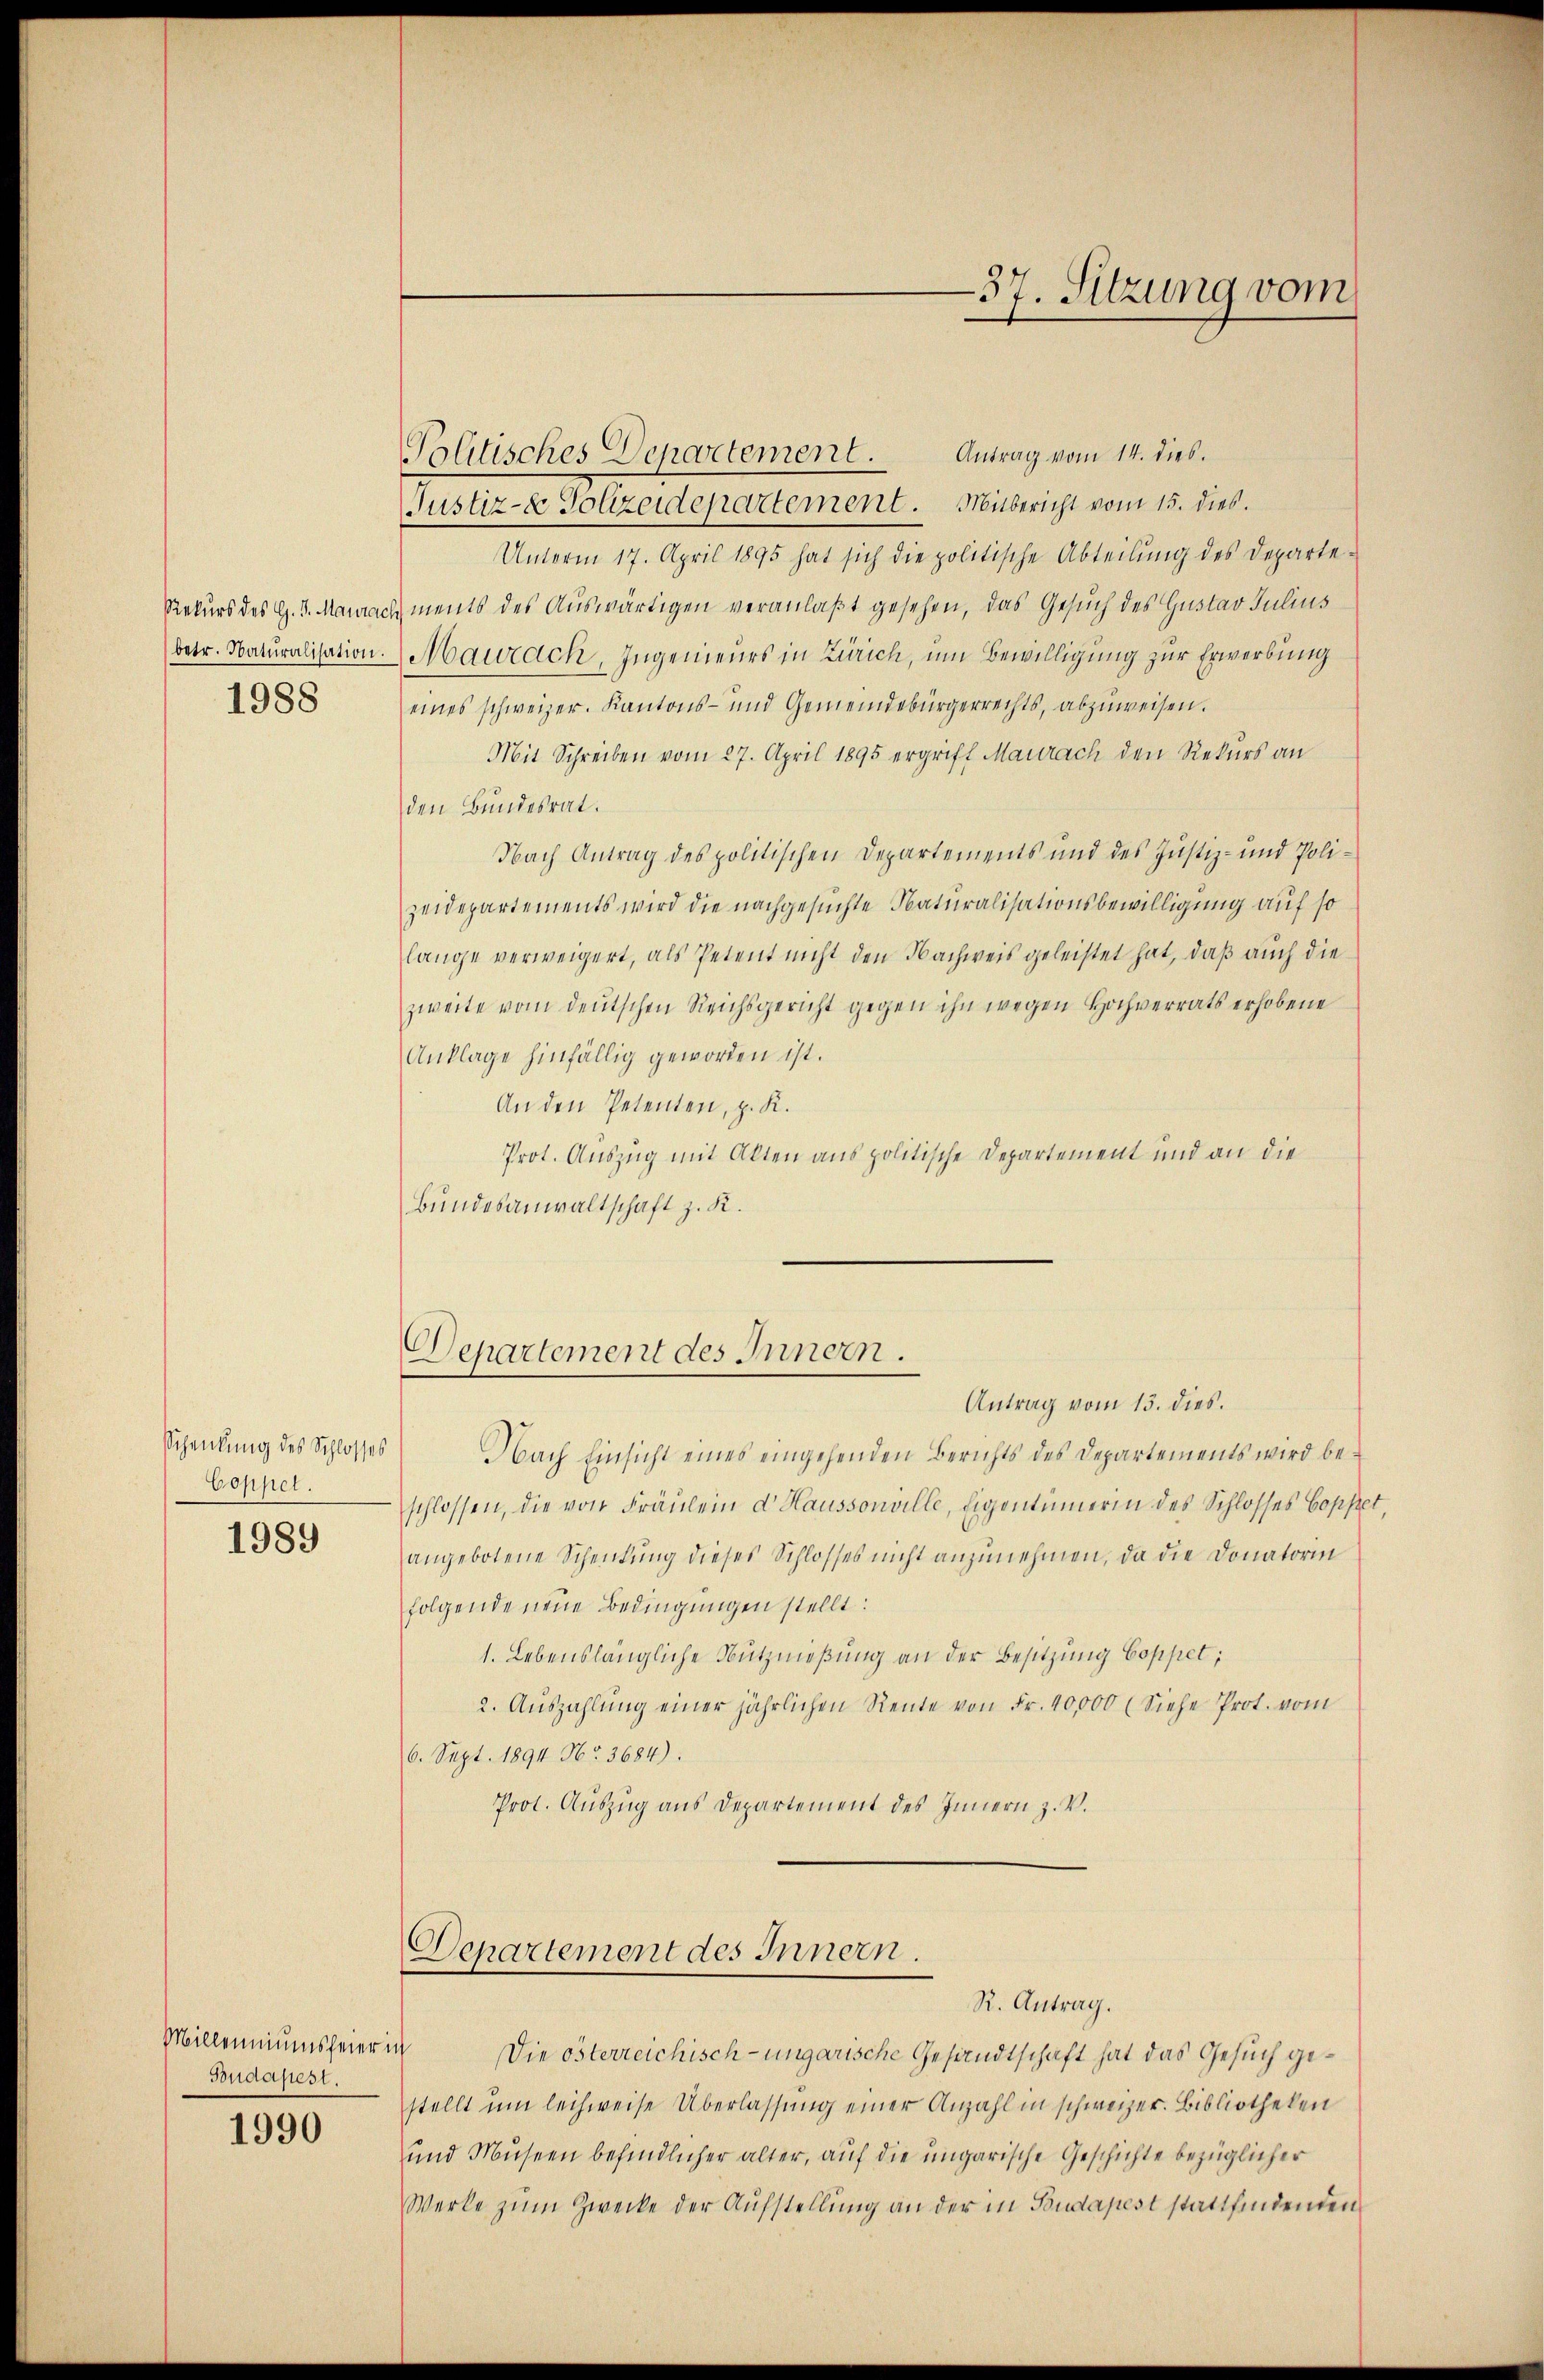
1988

Coppel.

1989

Millenniumsfeier ich
Budapest.

1990

Antrag vom 14. dies.
Politisches Departement.
Justiz- & Polizeidepartement. Mitbericht vom 15. dies.
Unterm 17. April 1895 hat sich die politische Abteilŭng des Departe-
Rekurs des G. 3. Marnach ments des Auswärtigen veranlaßt gesehen, das Gesuch des Gustav Julius
betr. Naturalisation Maurach, Ingenieurs in Zürich, um Bewilligung zur Erwerbung
eines schweizer. Kantons- und Gemeindebürgerrechts, abzŭweisen.
Mit Schreiben vom 27. April 1895 ergriff Maurach den Rekurs an
den Bundesrat.
Nach Antrag des politischen Departements und des Justiz- und Polizeidepartements wird die nachgesuchte Naturalisationsbewilligung auf so
lange verweigert, als Petent nicht den Nachweis geleistet hat, daß auch die
zweite vom deutschen Reichsgericht gegen ihn wegen Hochverrats erhobene
Anklage hinfällig geworden ist.
An den Petenten, z. K.
Prot. Auszug mit Alten aus politische Departement und an die
Bundesanwaltschaft z. K.

Departement des Innern.
Antrag vom 13. dies.

Schenkung des Schlosses Nach Einsicht eines eingehenden Berichts des Departements wird beschlossen, die von Fräŭlein d Haussonville, Eigentümerin des Schlosses Coppet
angebotene Schenkung dieses Schlosses nicht anzunehmen, da die Donatorin
folgende neue Bedingungen stellt:
1. Lebenslängliche Nutznießung an der Besitzung Coppet;
2. Aŭszahlŭng einer jährlichen Rente von Fr. 40,000 (Siehe Prot. vom
6. Sept. 1894 No. 3684).
Prot. Auszug aus Departement des Innern z. V.

Departement des Innern.
R. Antrag.

37. Sitzung vom

Die österreichisch-ungarische Gesandtschaft hat das Gesuch gestellt um leihweise Überlassung einer Anzahl in schweizer. Bibliotheken
und Museen befindlicher alter, auf die ungarische Geschichte bezüglicher
Werke zum Zwecke der Aufstellung an der in Budapest stattfindenden